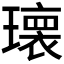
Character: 𱯯